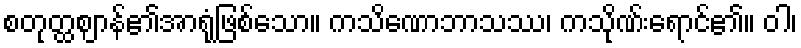
စတုတ္ထဈာန်၏အာရုံဖြစ်သော။ ကသိဏောဘာသဿ၊ ကသိုဏ်းရောင်၏။ ဝါ၊